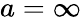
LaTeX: a=\infty